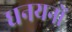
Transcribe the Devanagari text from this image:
धनयनों